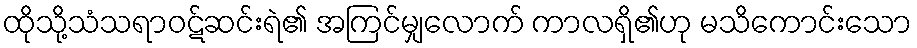
ထိုသို့သံသရာဝဋ်ဆင်းရဲ၏ အကြင်မျှလောက် ကာလရှိ၏ဟု မသိကောင်းသော